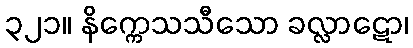
၃၂၁။ နိက္ကေသသီသော ခလ္လာဋော၊